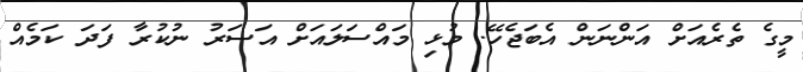
މީގެ ތެރެއަށް އަންނަން އެބަޖެހޭ. މުޅި މައްސަލައަށް އަސަރު ނުކުރާ ފަދަ ކަމެއް